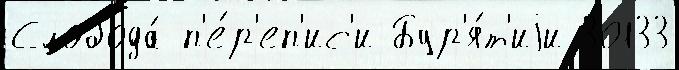
Слобода́ п'е́р'еп'ис'и Бур'я́т'иjи 30133